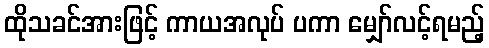
ထိုသခင်အားဖြင့် ကာယအလုပ် ပကာ မျှော်လင့်ရမည့်